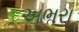
અભરા